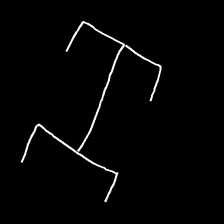
Glyph: entwine